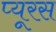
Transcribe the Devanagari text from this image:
प्यूरस